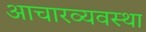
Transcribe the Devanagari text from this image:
आचारव्यवस्था